Civil Veterinary Dept. Assam report 1911-1927 - 1911-1927
Year: 1911
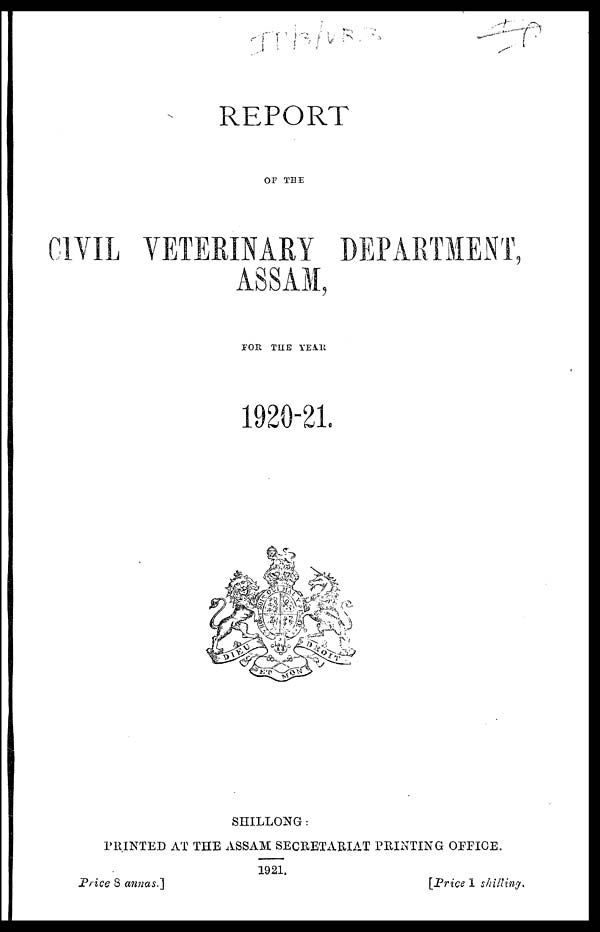
REPORT
OF THE
CIVIL VETERINARY DEPARTMENT,
ASSAM,
FOR THE YEAR
1920-21.
SHILLONG:
PRINTED AT THE ASSAM SECRETARIAT PRINTING OFFICE.
1921,
Price 3
annas.
[Price 1 shilling.